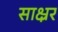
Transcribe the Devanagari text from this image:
साक्ष्रर